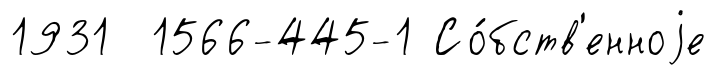
1931 1566-445-1 Со́бств'енноjе